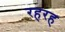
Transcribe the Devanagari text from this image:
रहरह